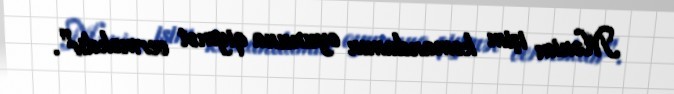
Mənim işim komandamın oyununa qiymət verməkdir".